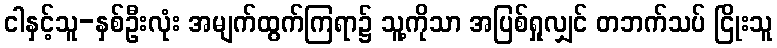
ငါနှင့်သူ-နှစ်ဦးလုံး အမျက်ထွက်ကြရာ၌ သူ့ကိုသာ အပြစ်ရှုလျှင် တဘက်သပ် ငြိုးသူ